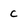
Character: c